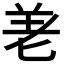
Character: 𭅒